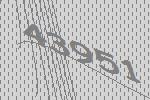
43951